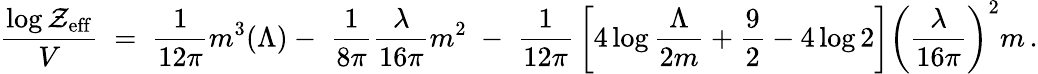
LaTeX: {\frac{\log{\cal Z}_{\mathrm{eff}}}{V}}\; =\; {\frac{1}{12\pi}}m^{3}(\Lambda)-\; {\frac{1}{8\pi}}{\frac{\lambda}{16\pi}}m^{2}\; -\; {\frac{1}{12\pi}}\left[4\log{\frac{\Lambda}{2m}}+{\frac{9}{2}}-4\log 2\right]\left({\frac{\lambda}{16\pi}}\right)^{2}m\, .